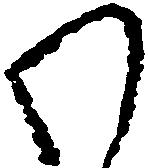
わ